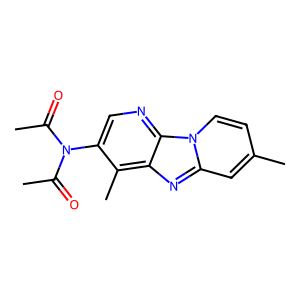
SMILES: CC(=O)N(C(C)=O)c1cnc2c(nc3cc(C)ccn32)c1C
Inhibits HIV replication: No